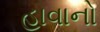
હાવાનો